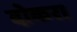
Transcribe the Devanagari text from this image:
दोकरा